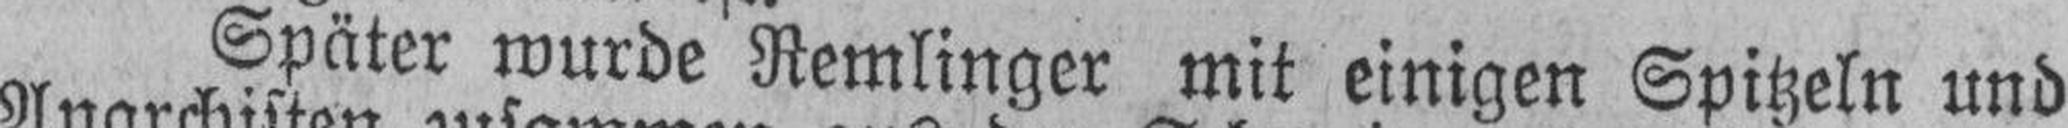
Später wurde Remlinger mit einigen Spitzeln und